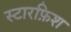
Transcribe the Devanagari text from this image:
स्टारफ़िश